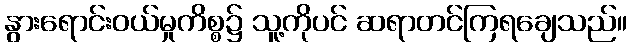
နွားရောင်းဝယ်မှုကိစ္စ၌ သူ့ကိုပင် ဆရာတင်ကြရချေသည်။